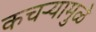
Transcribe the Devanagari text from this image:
कचर्‍यामुळे